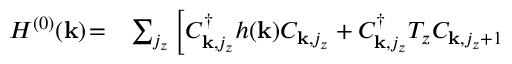
\begin{array} { r l } { H ^ { ( 0 ) } ( { \bf k } ) \! = \! } & { { } \sum _ { j _ { z } } \left[ C _ { { \bf k } , j _ { z } } ^ { \dagger } h ( { \bf k } ) C _ { { \bf k } , j _ { z } } + C _ { { \bf k } , j _ { z } } ^ { \dagger } T _ { z } C _ { { \bf k } , j _ { z } + 1 } \right. } \end{array}